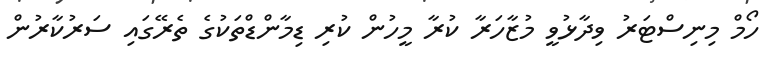
ހޯމް މިނިސްޓަރު ވިދާޅުވީ މުޒާހަރާ ކުރާ މީހުން ކުރި ޑިމާންޑްތަކުގެ ތެރޭގައި ސަރުކާރުން